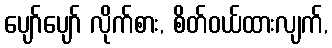
ပျော်ပျော် လိုက်စား, စိတ်ဝယ်ထားလျက်,